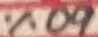
Text: 60%